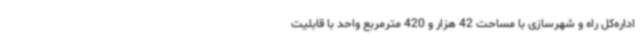
اداره‌کل راه و شهرسازی با مساحت 42 هزار و 420 مترمربع واحد با قابلیت